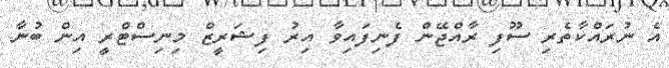
އެ ނުރައްކާތެރި ސޫފި ރާއްޖޭން ފެނިފައިވާ އިރު ފިޝަރީޒް މިނިސްޓްރީ އިން ބުނާ